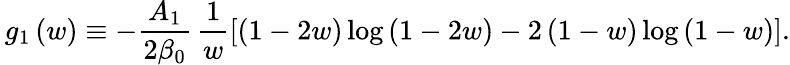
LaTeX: \, g_{1}\left(w\right)\equiv-\frac{A_{1}}{2\beta_{0}}\, \frac{1}{w}\left[\left(1-2w\right)\log\left(1-2w\right)-2\left(1-w\right)\log\left(1-w\right)\right].